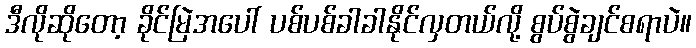
ဒီလိုဆိုတော့ ခိုင်မြဲအပေါ် ပစ်ပစ်ခါခါနိုင်လှတယ်လို့ စွပ်စွဲချင်စရာပဲ။